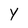
Character: Y